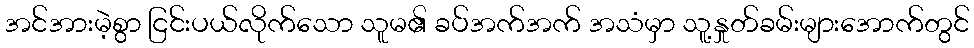
အင်အားမဲ့စွာ ငြင်းပယ်လိုက်သော သူမ၏ ခပ်အက်အက် အသံမှာ သူ့နှုတ်ခမ်းများအောက်တွင်